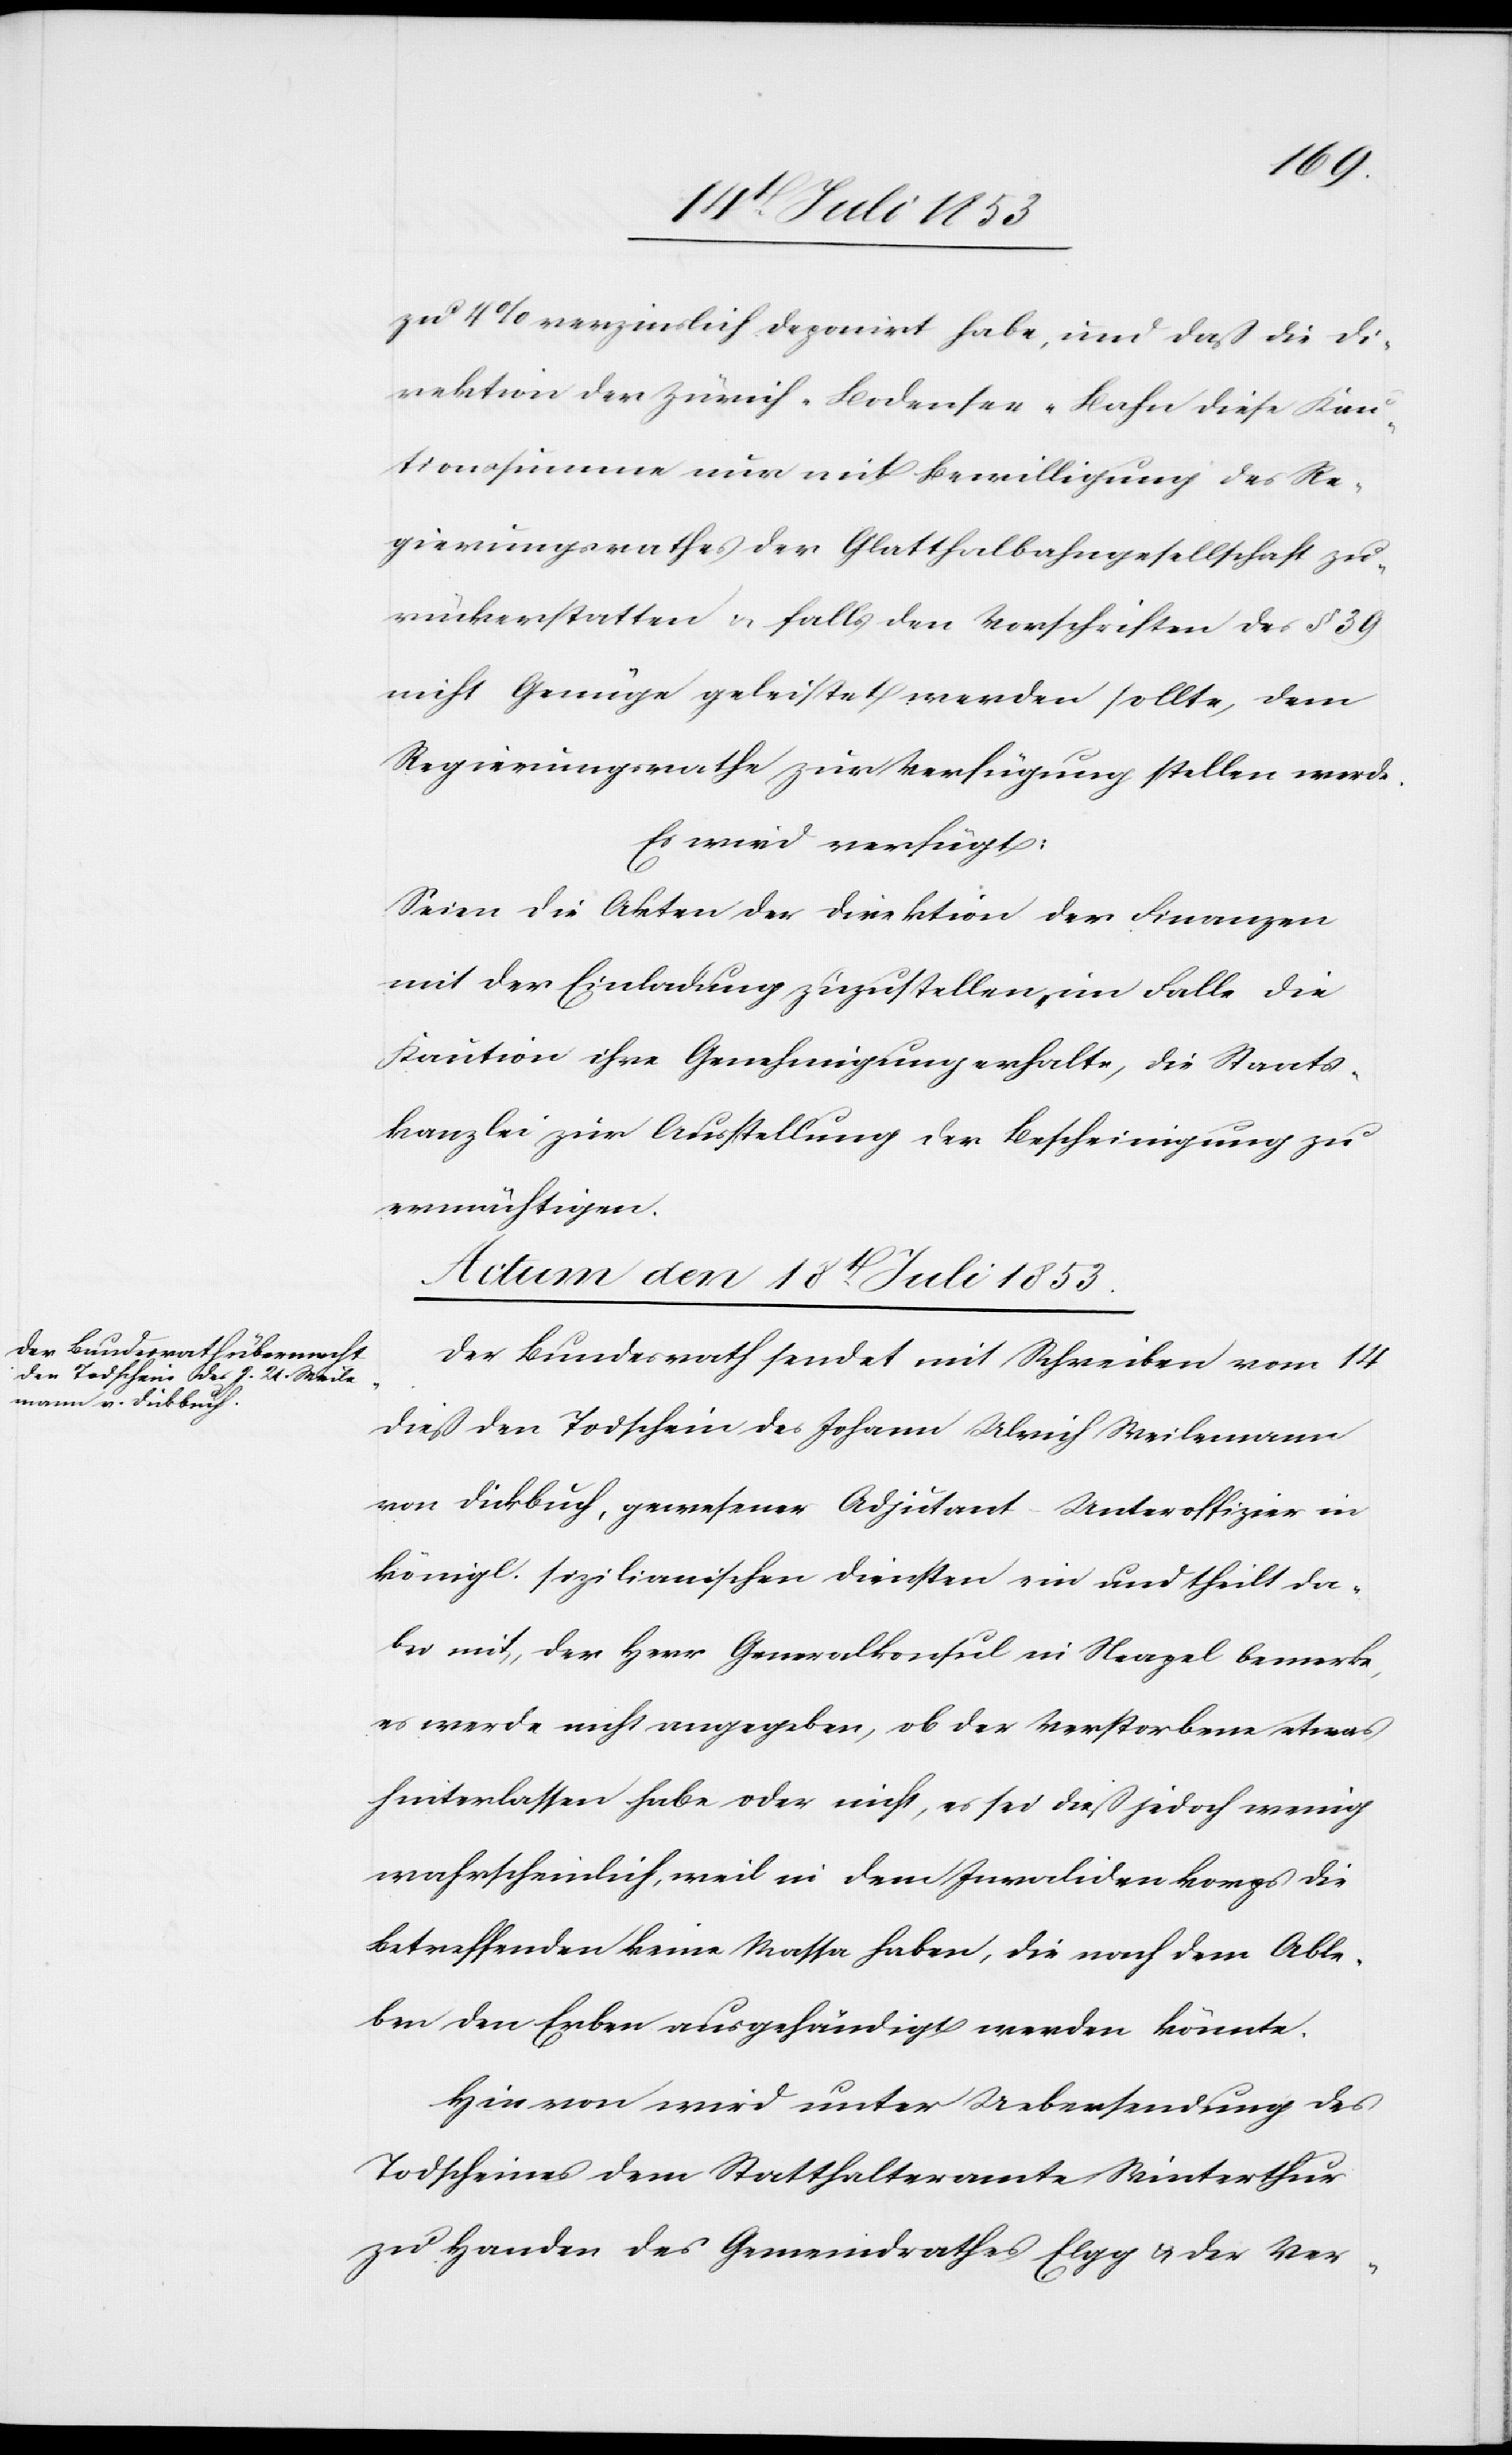
zu 4% verzinslich deponirt habe, und daß die Di¬
rektion der Zürich-Bodensee-Bahn diese Kau¬
tionssumme nur mit Bewilligung des Re¬
gierungsrathes der Glatthalbahngesellschaft zu¬
rückerstatten u. falls den Vorschriften des § 39
nicht Genüge geleistet werden sollte, dem
Regierungsrathe zur Verfügung stellen werde.
Es wird verfügt:
Seien die Akten der Direktion der Finanzen
mit der Einladung zuzustellen, im Falle die
Kaution ihre Genehmigung erhalte, die Staats¬
kanzlei zur Ausstellung der Bescheinigung zu
ermächtigen.
Actum den 18t[en] Juli 1853.
Der Bundesrath sendet mit Schreiben vom 14
dieß den Todschein des Johann Ulrich Meilemann
von Dickbuch, gewesener Adjutant Unteroffizier in
königl. sizilianischen Diensten ein und theilt da¬
bei mit, der Herr Generalkonsul in Neapel bemerke,
es werde nicht angegeben, ob der Verstorbene etwas
hinterlassen habe oder nicht, es sei dieß jedoch wenig
wahrscheinlich, weil in dem Invalidenkorps die
Betreffenden keine Massa haben, die nach dem Able¬
ben den Erben ausgehändigt werden könnte.
Hie von wird unter Uebersendung des
Todscheines dem Statthalteramte Winterthur
zu Handen des Gemeindrathes Elgg u. der Ver-